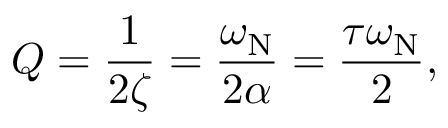
Q = { \frac { 1 } { 2 \zeta } } = { \frac { \omega _ { \mathrm { N } } } { 2 \alpha } } = { \frac { \tau \omega _ { \mathrm { N } } } { 2 } } ,